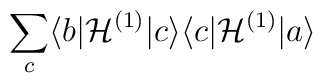
\hspace{-9.8cm}\sum_c\langle b|{\cal H}^{(1)}|c\rangle\langle c|{\cal H}^{(1)}|a\rangle